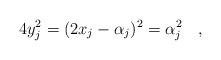
LaTeX: \begin{align*} 4y_j^2=(2x_j-\alpha_j)^2=\alpha_j^2 \quad,\end{align*}